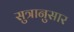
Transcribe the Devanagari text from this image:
सुत्रानुसार